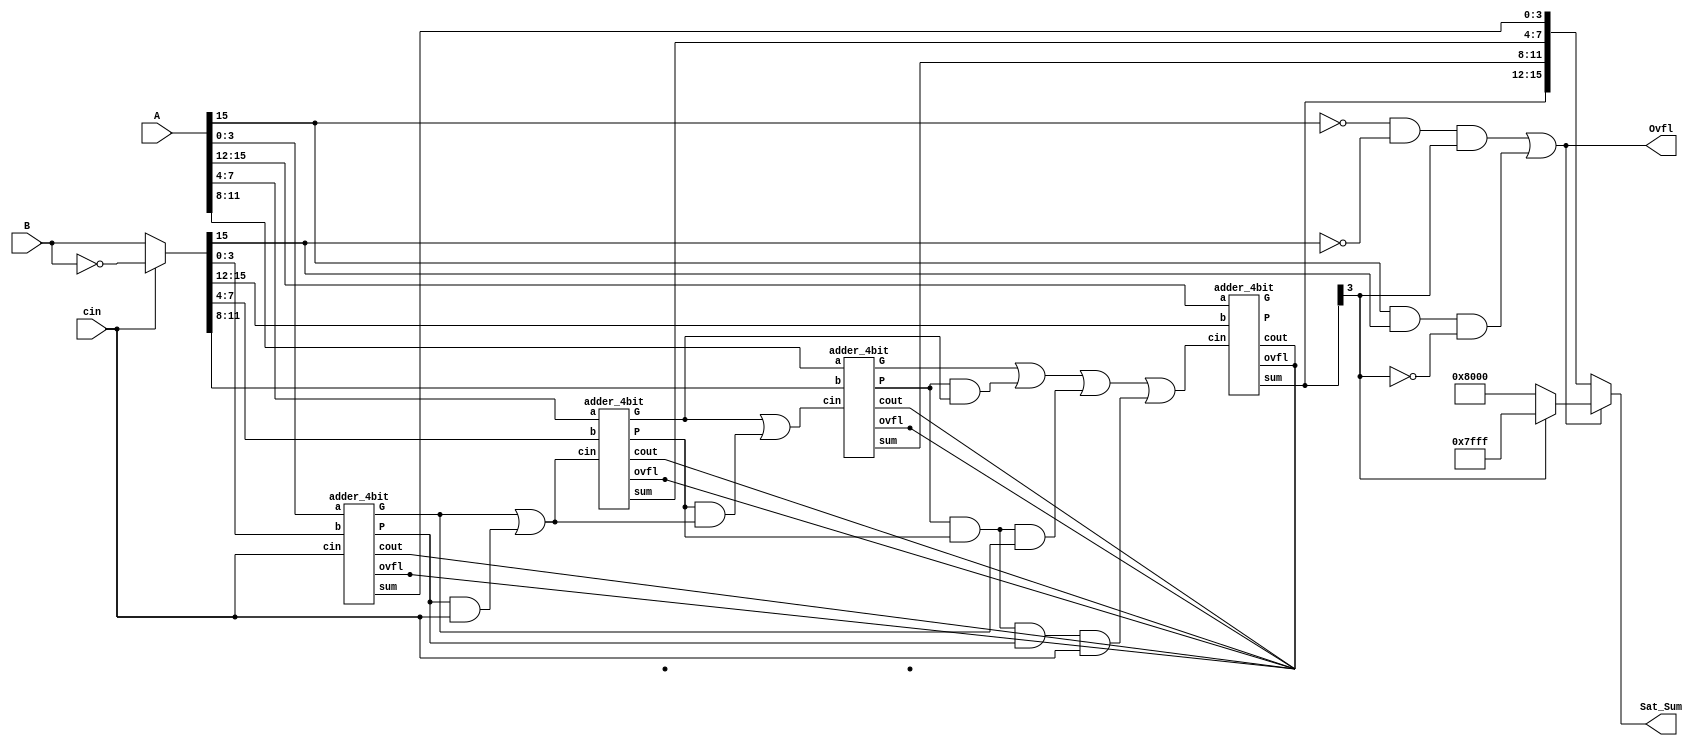
module cla_16bit(A, B, cin, Sat_Sum, Ovfl);
input signed [15:0] A, B;
input cin;
output signed [15:0]Sat_Sum;
output Ovfl;
wire  [2:0]C;
wire [15:0]Sum;
wire [15:0]Binv;
wire [3:0]G, P;

assign Binv = cin ? ~B : B;

adder_4bit s0to3(.a(A[3:0]), .b(Binv[3:0]), .cin(cin), .sum(Sum[3:0]), .cout(), .ovfl(), .G(G[0]), .P(P[0]));
adder_4bit s4to7(.a(A[7:4]), .b(Binv[7:4]), .cin(C[0]), .sum(Sum[7:4]), .cout(), .ovfl(), .G(G[1]), .P(P[1]));
adder_4bit s8to11(.a(A[11:8]), .b(Binv[11:8]), .cin(C[1]), .sum(Sum[11:8]), .cout(), .ovfl(), .G(G[2]), .P(P[2]));
adder_4bit s11to15(.a(A[15:12]), .b(Binv[15:12]), .cin(C[2]), .sum(Sum[15:12]), .cout(), .ovfl(), .G(G[3]), .P(P[3]));


assign C[0] = G[0] | (P[0] & cin);
assign C[1] = G[1] | (P[1] & (G[0] | (P[0] & cin)));
assign C[2] = G[2] | (P[2] & G[1]) | (P[2] & P[1] & G[0]) | (P[2] & P[1] & P[0] & cin);
assign cout = G[3] | (P[3] & G[2]) | (P[3] & P[2] & G[1]) | (P[3] & P[2] & P[1] & G[0]) | (P[3] & P[2] & P[1] & P[0] & cin);

assign  Ovfl = ~A[15] & ~Binv[15] & Sum[15] | A[15] & Binv[15] & ~Sum[15];

assign Sat_Sum[15:0] = (Ovfl) ? (Sum[15] ? 16'h7FFF : 16'h8000) : Sum[15:0]; 

endmodule



//////////////// 4 bit adder slice //////////////////////////////////////////////////////////////////////////////////////////////


module adder_4bit(a, b, cin, sum, ovfl, cout, G, P);
input [3:0]a,b;
output [3:0]sum;
input cin;
output ovfl,cout;
wire [3:0]g, p;
wire [2:0]c;
output G,P;


gen_prop gen0(.a(a[0]), .b(b[0]), .g(g[0]), .p(p[0]));
gen_prop gen1(.a(a[1]), .b(b[1]), .g(g[1]), .p(p[1]));
gen_prop gen2(.a(a[2]), .b(b[2]), .g(g[2]), .p(p[2]));
gen_prop gen3(.a(a[3]), .b(b[3]), .g(g[3]), .p(p[3]));


assign G = g[3] | (p[3] & g[2]) | (p[3] & p[2] & g[1]) | (p[3] & p[2] & p[1] & g[0]);
assign P = p[3] & p[2] & p[1] & p[0];



assign c[0] = g[0] | (p[0] & cin);
assign c[1] = g[1] | (p[1] & (g[0] | (p[0] & cin)));
assign c[2] = g[2] | (p[2] & g[1]) | (p[2] & p[1] & g[0]) | (p[2] & p[1] & p[0] & cin);
assign cout = g[3] | (p[3] & g[2]) | (p[3] & p[2] & g[1]) | (p[3] & p[2] & p[1] & g[0]) | (p[3] & p[2] & p[1] & p[0] & cin);

assign sum[0] = a[0] ^ b[0] ^ cin;
assign sum[1] = a[1] ^ b[1] ^ c[0];
assign sum[2] = a[2] ^ b[2] ^ c[1];
assign sum[3] = a[3] ^ b[3] ^ c[2]; 

assign ovfl = a[3] & b[3] & ~sum[3] | ~a[3] & ~b[3] & sum[3];
endmodule

///////////////////  Generate and Propagate slice /////////////////////////////////////////////////////////////////////////////

module gen_prop(a, b, g, p);
input a, b;
output p, g;
assign g = a & b;
assign p = a | b;
endmodule